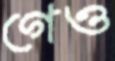
গেও